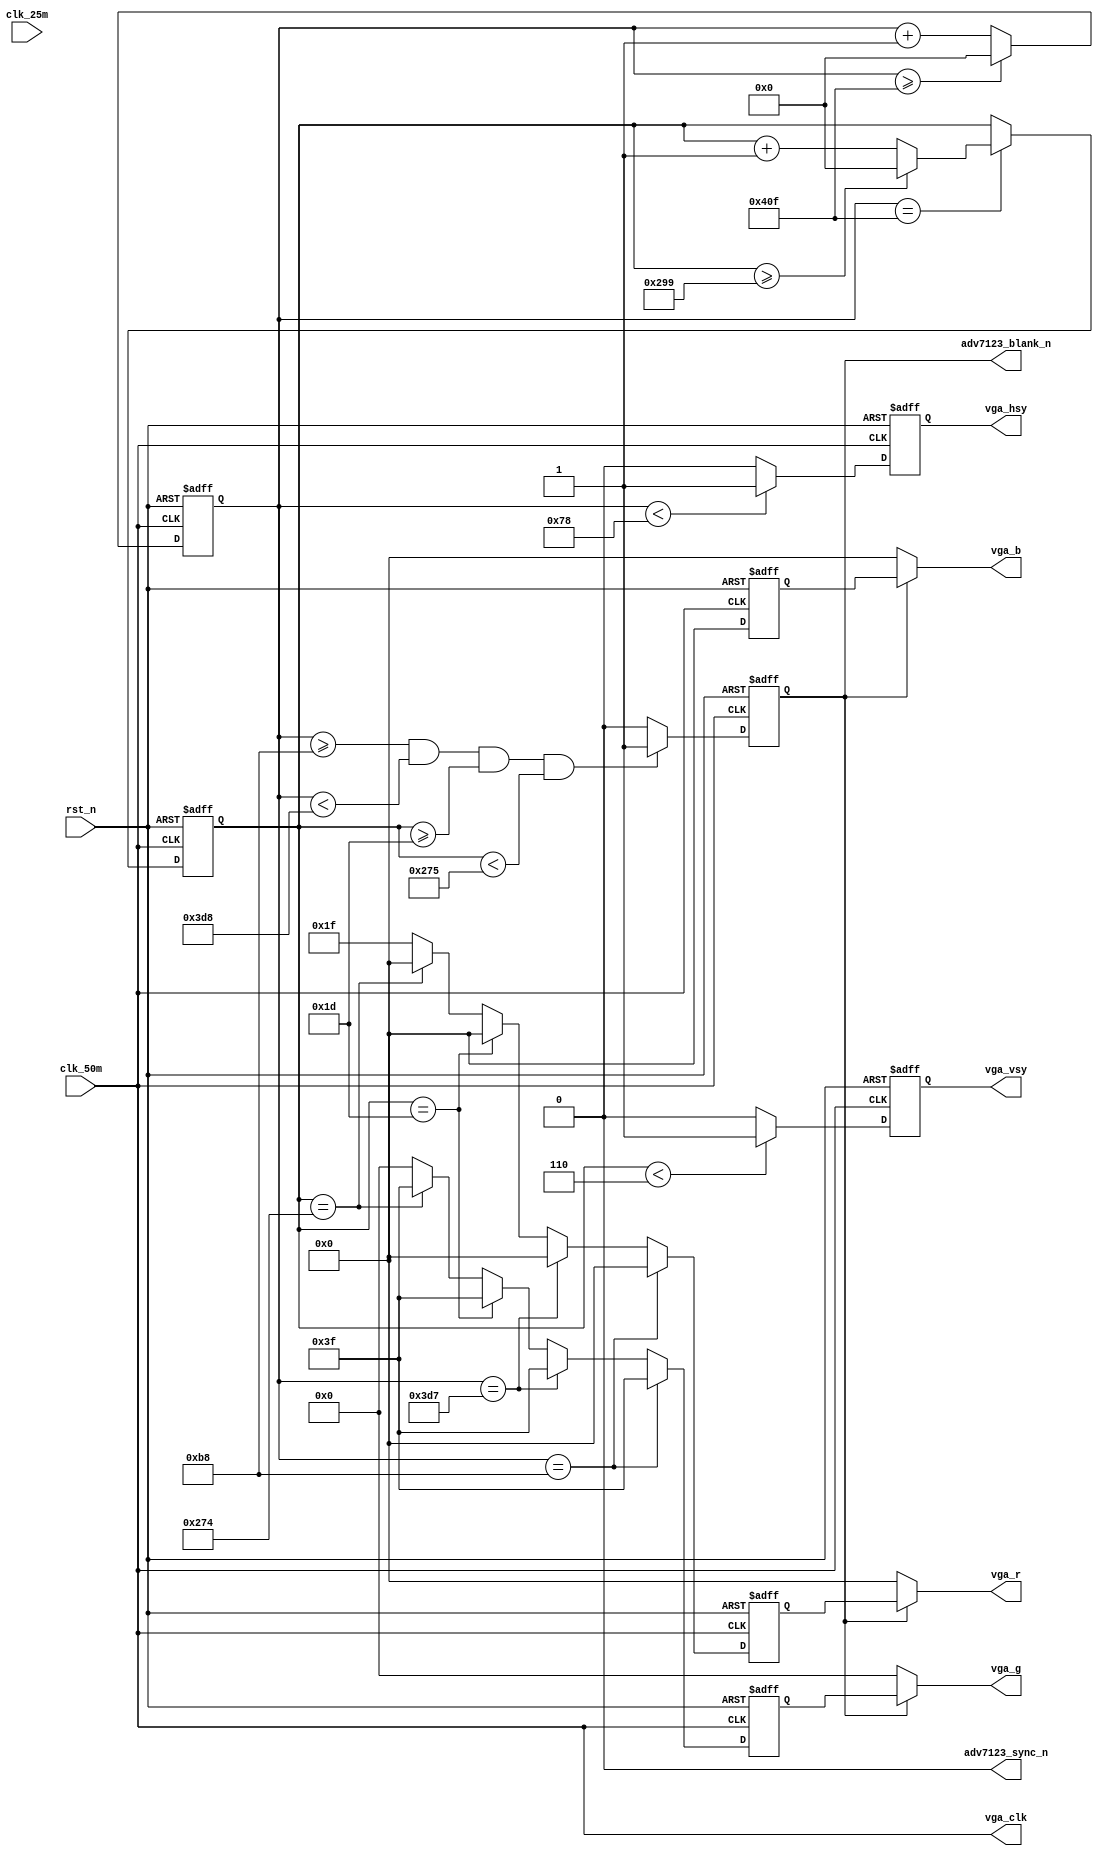
module vga_ctrl(
		clk_25m,clk_50m,rst_n,
		vga_r,vga_g,vga_b,
		vga_hsy,vga_vsy,vga_clk,
		adv7123_blank_n,adv7123_sync_n
	);

input clk_25m;
input clk_50m;
input rst_n;
//-----------------------------------------------------------				
output[4:0] vga_r;
output[5:0] vga_g;
output[4:0] vga_b;
output vga_clk;
output adv7123_blank_n;
output adv7123_sync_n;
//-----------------------------------------------------------				
output reg vga_hsy,vga_vsy;

//-----------------------------------------------------------				
wire clk;
assign vga_clk = clk;

//-----------------------------------------------------------				
//`define VGA_640_480
`define VGA_800_600

//-----------------------------------------------------------				
`ifdef VGA_640_480															
	assign clk = clk_25m;
		
	parameter VGA_HTT = 12'd800-12'd1;	//Hor Total Time
	parameter VGA_HST = 12'd96;		//Hor Sync  Time
	parameter VGA_HBP = 12'd48;//+12'd16;		//Hor Back Porch
	parameter VGA_HVT = 12'd640;	//Hor Valid Time
	parameter VGA_HFP = 12'd16;		//Hor Front Porch

	parameter VGA_VTT = 12'd525-12'd1;	//Ver Total Time
	parameter VGA_VST = 12'd2;		//Ver Sync Time
	parameter VGA_VBP = 12'd33;//-12'd4;		//Ver Back Porch
	parameter VGA_VVT = 12'd480;	//Ver Valid Time
	parameter VGA_VFP = 12'd10;		//Ver Front Porch
`endif

`ifdef VGA_800_600															
	//VGA Timing 800*600 & 50MHz & 72Hz
	assign clk = clk_50m;

	parameter VGA_HTT = 12'd1040-12'd1;	//Hor Total Time
	parameter VGA_HST = 12'd120;		//Hor Sync  Time
	parameter VGA_HBP = 12'd64;		//Hor Back Porch
	parameter VGA_HVT = 12'd800;	//Hor Valid Time
	parameter VGA_HFP = 12'd56;		//Hor Front Porch

	parameter VGA_VTT = 12'd666-12'd1;	//Ver Total Time
	parameter VGA_VST = 12'd6;		//Ver Sync Time
	parameter VGA_VBP = 12'd23;		//Ver Back Porch
	parameter VGA_VVT = 12'd600;	//Ver Valid Time
	parameter VGA_VFP = 12'd37;		//Ver Front Porch
`endif

//-----------------------------------------------------------				
reg[11:0] xcnt;
reg[11:0] ycnt;
	
always @(posedge clk or negedge rst_n)
	if(!rst_n) xcnt <= 12'd0;
	else if(xcnt >= VGA_HTT) xcnt <= 12'd0;
	else xcnt <= xcnt+1'b1;

always @(posedge clk or negedge rst_n)
	if(!rst_n) ycnt <= 12'd0;
	else if(xcnt == VGA_HTT) begin
		if(ycnt >= VGA_VTT) ycnt <= 12'd0;
		else ycnt <= ycnt+1'b1;
	end
	else ;
		
//-----------------------------------------------------------				
always @(posedge clk or negedge rst_n)
	if(!rst_n) vga_hsy <= 1'b0;
	else if(xcnt < VGA_HST) vga_hsy <= 1'b1;
	else vga_hsy <= 1'b0;
	
always @(posedge clk or negedge rst_n)
	if(!rst_n) vga_vsy <= 1'b0;
	else if(ycnt < VGA_VST) vga_vsy <= 1'b1;
	else vga_vsy <= 1'b0;	
	
//-----------------------------------------------------------				
reg vga_valid;

always @(posedge clk or negedge rst_n)
	if(!rst_n) vga_valid <= 1'b0;
	else if((xcnt >= (VGA_HST+VGA_HBP)) && (xcnt < (VGA_HST+VGA_HBP+VGA_HVT))
			&& (ycnt >= (VGA_VST+VGA_VBP)) && (ycnt < (VGA_VST+VGA_VBP+VGA_VVT)))
		 vga_valid <= 1'b1;
	else vga_valid <= 1'b0;

assign adv7123_blank_n = vga_valid;
assign adv7123_sync_n = 1'b0;
	
//-----------------------------------------------------------				
reg[4:0] vga_rdb;
reg[5:0] vga_gdb;
reg[4:0] vga_bdb;

always @(posedge clk or negedge rst_n)
	if(!rst_n) begin
		vga_rdb <= 5'd0;
		vga_gdb <= 6'd0;
		vga_bdb <= 5'd0;
	end
	else if(xcnt == (VGA_HST+VGA_HBP)) begin								
		vga_rdb <= 5'h0;
		vga_gdb <= 6'h3f;
		vga_bdb <= 5'd0;		
	end
	else if(xcnt == (VGA_HST+VGA_HBP+VGA_HVT-1'b1)) begin					
		vga_rdb <= 5'h0;
		vga_gdb <= 6'h3f;
		vga_bdb <= 5'd0;		
	end
	else if(ycnt == (VGA_VST+VGA_VBP)) begin								
		vga_rdb <= 5'h0;
		vga_gdb <= 6'h3f;
		vga_bdb <= 5'd0;		
	end
	else if(ycnt == (VGA_VST+VGA_VBP+VGA_VVT-1'b1)) begin					
		vga_rdb <= 5'h0;
		vga_gdb <= 6'h3f;
		vga_bdb <= 5'd0;		
	end
	else begin																
		vga_rdb <= 5'h1f;
		vga_gdb <= 6'd0;
		vga_bdb <= 5'd0;	
	end

//-----------------------------------------------------------				
assign vga_r = vga_valid ? vga_rdb:5'd0;
assign vga_g = vga_valid ? vga_gdb:6'd0;	
assign vga_b = vga_valid ? vga_bdb:5'd0;	
	
endmodule